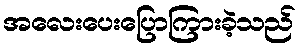
အလေးပေးပြောကြားခဲ့သည်